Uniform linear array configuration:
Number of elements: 48
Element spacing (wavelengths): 1
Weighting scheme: hamming
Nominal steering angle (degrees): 15
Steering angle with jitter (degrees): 13.164
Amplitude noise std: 0.05
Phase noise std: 0.05

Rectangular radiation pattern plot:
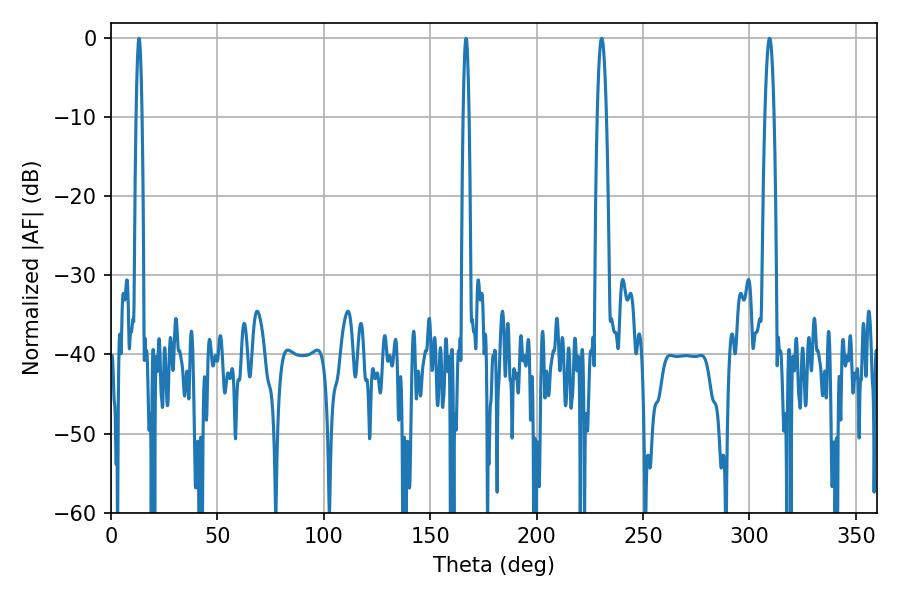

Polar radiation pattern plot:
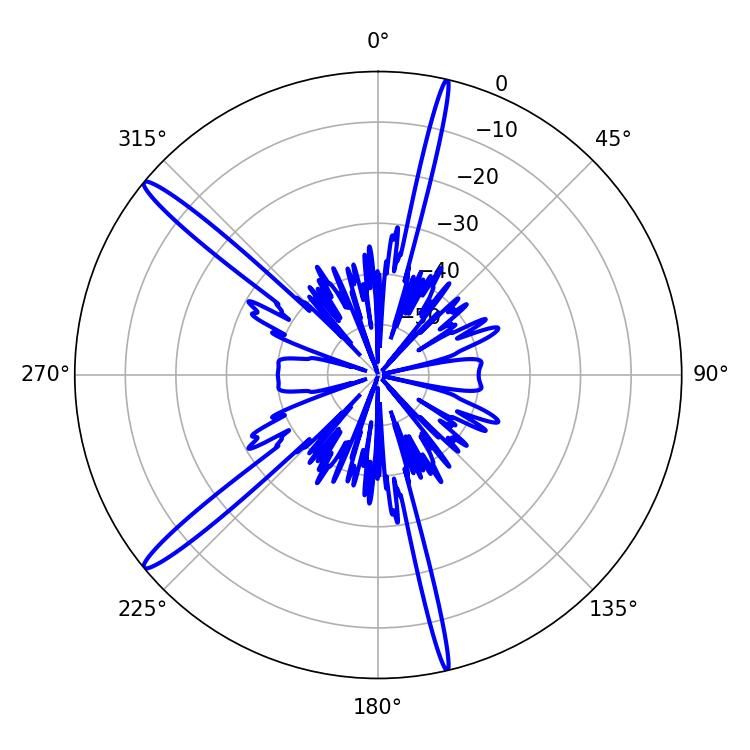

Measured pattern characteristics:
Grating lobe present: TRUE
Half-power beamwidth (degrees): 2.16
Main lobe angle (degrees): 309.42